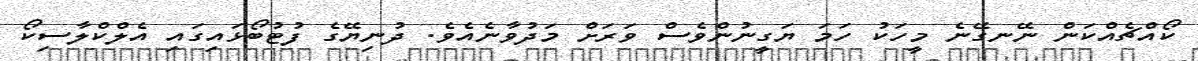
ކޯއްޗެއްކަން ނޭނގޭނެ މީހަކު ހަމަ ޔަގީނުންވެސް ވަރަށް މަދުވާނެއެވެ. ދުނިޔޭގެ ފުޓުބޯޅަައިގައި އެލްކްލާސިކޯ